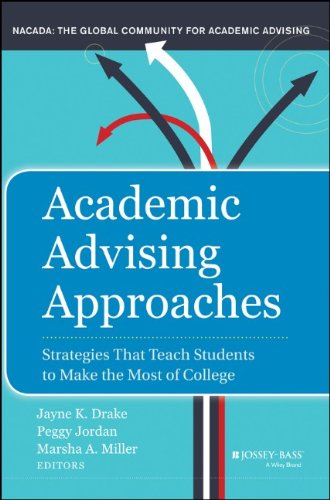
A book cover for Academic Advising Approaches: Strategies That Teach Students to Make the Most of College; Education & Teaching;